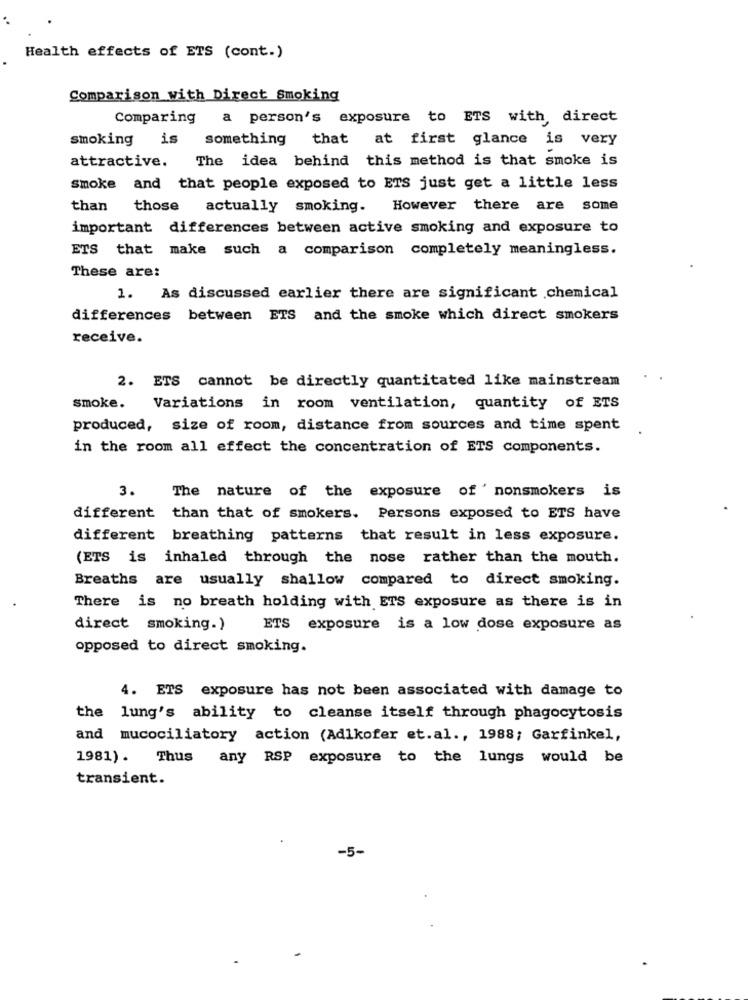
Health effects of ETS (cont.)
Comparison with Direct Smoking
Comparing a person's exposure to ETS with direct
smoking
is something
that at first glance is very
attractive. The idea behind this method is that smoke is
smoke and that people exposed to ETS just get a little less
than those actually smoking. However there are some
important differences between active smoking and exposure to
ETS that make such a comparison completely meaningless.
These are:
1. As discussed earlier there are significant chemical
differences between ETS and the smoke which direct smokers
receive.
2. ETS cannot be directly quantitated like mainstream
smoke.
Variations in room ventilation, quantity of ETS
produced, size of room, distance from sources and time spent
in the room all effect the concentration of ETS components.
3.
The nature of the exposure of ' nonsmokers is
different
than that of smokers. Persons exposed to ETS have
different breathing patterns that result in less exposure.
(ETS is inhaled through the nose rather than the mouth.
Breaths are usually shallow compared to direct smoking.
There is no breath holding with ETS exposure as there is in
direct smoking.)
ETS exposure is a low dose exposure as
opposed to direct smoking.
4. ETS exposure has not been associated with damage to
the lung's ability to cleanse itself through phagocytosis
and mucociliatory action (Adlkofer et.al ., 1988; Garfinkel,
1981). Thus any RSP exposure to the lungs would be
transient.
-5-